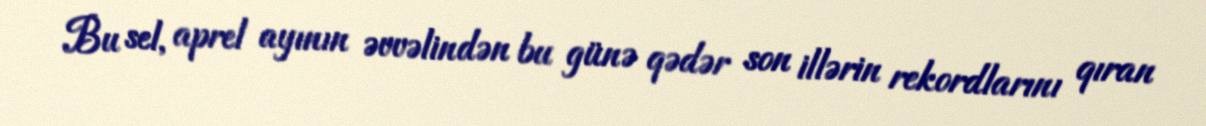
Bu sel, aprel ayının əvvəlindən bu günə qədər son illərin rekordlarını qıran